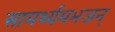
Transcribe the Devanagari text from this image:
सामर्थ्यमभजन्